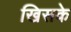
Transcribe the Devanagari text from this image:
खिसके